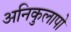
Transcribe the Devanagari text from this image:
अनिकुलापो